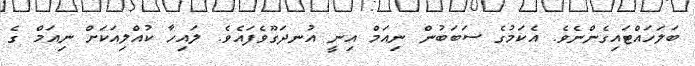
ބަލަހައްޓައިގެންނެވެ. އެކަމުގެ ސަބަބުން ނިއަމް އިނީ އުނދަގޫވެފައެވެ. ލައިހާ ކުއްލިއަކަށް ނިއަމް ގެ